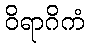
ဝိရာဂိကံ